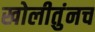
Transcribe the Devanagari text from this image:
खोलीतुंनच